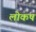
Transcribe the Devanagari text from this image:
लोकष